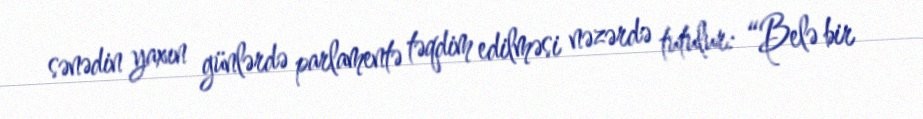
sənədin yaxın günlərdə parlamentə təqdim edilməsi nəzərdə tutulur: “Belə bir